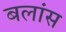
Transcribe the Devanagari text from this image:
बलांस